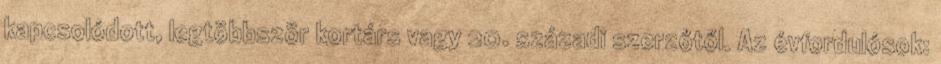
kapcsolódott, legtöbbször kortárs vagy 20. századi szerzőtől. Az évfordulósok: